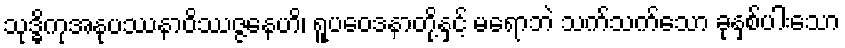
သုဒ္ဓိကုအနုပဿနာဝိဿဇ္ဇနေဟိ၊ ရူပဝေဒနာတို့နှင့် မရောဘဲ သက်သက်သော ခုနှစ်ပါးသော